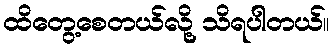
ထိတွေ့စေတယ်လို့ သိရပါတယ်။